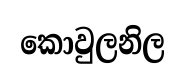
කොවුලනිල